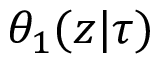
\theta _ { 1 } ( z | \tau )